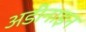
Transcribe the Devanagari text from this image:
अडीनाइन